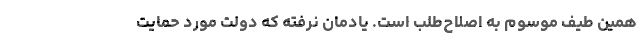
همین طیف موسوم به اصلاح‌طلب است. یادمان نرفته که دولت مورد حمایت